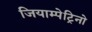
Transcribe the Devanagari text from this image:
जियाम्पेट्रिनो